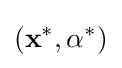
(\mathbf {x} ^{\ast },\mathbf {\alpha } ^{\ast })